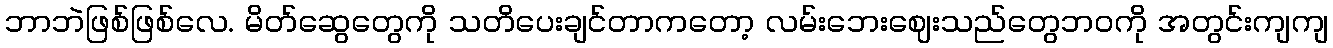
ဘာဘဲဖြစ်ဖြစ်လေ. မိတ်ဆွေတွေကို သတိပေးချင်တာကတော့ လမ်းဘေးဈေးသည်တွေဘဝကို အတွင်းကျကျ